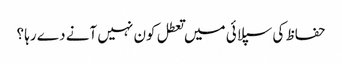
حفاظ کی سپلائی میں تعطل کون نہیں آنے دے رہا ؟